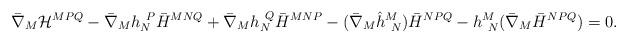
LaTeX: \begin{align*}\bar \nabla_M {\cal H}^{MPQ} -\bar \nabla_M h_N^{~P} \bar H^{MNQ} + \bar \nabla_M h_N^{~Q} \bar H^{MNP}-(\bar \nabla_M \hat h^M_{~N}) \bar H^{NPQ}-h^M_{~N} (\bar \nabla_M \bar H^{NPQ})=0.\end{align*}